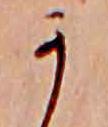
か